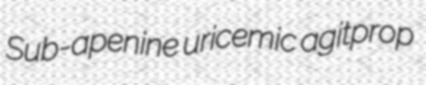
Sub-apenine uricemic agitprop